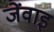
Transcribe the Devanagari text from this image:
जेंवाइ